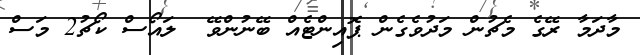
މާދަމާ ރޭގެ މެޗުން މަދުވެގެން ޕޮއިންޓެއް ބޭނުންވޭ  ލައޯސް ކޯޗު2 މަސް